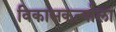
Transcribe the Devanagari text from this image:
विकासकर्त्याला